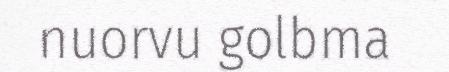
nuorvu golbma